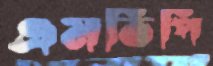
এমভিপি